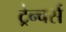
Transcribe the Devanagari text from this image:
ट्रेन्चर्स